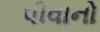
પીવાનો